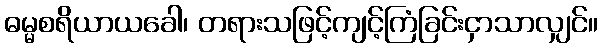
ဓမ္မစရိယာယခေါ၊ တရားသဖြင့်ကျင့်ကြံခြင်းငှာသာလျှင်။